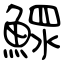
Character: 鰥